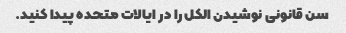
سن قانونی نوشیدن الکل را در ایالات متحده پیدا کنید.